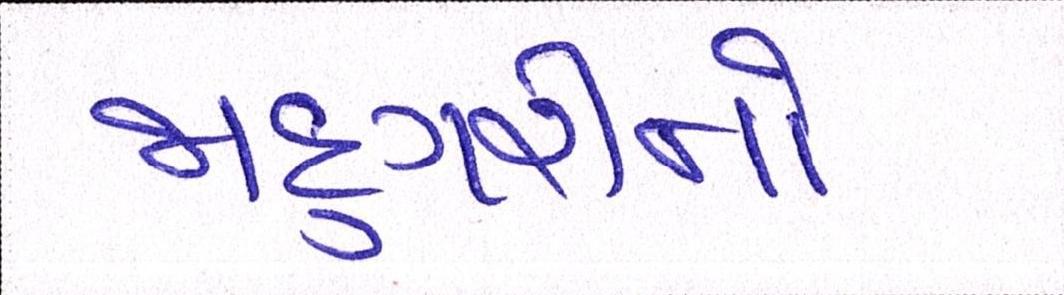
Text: જાદુગરીનો